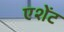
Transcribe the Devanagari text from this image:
एशेंट